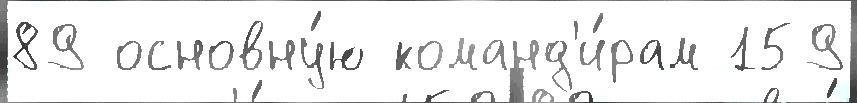
89 основну́ю команд'и́рам 159